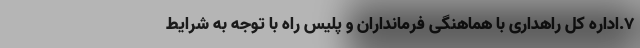
۷.اداره کل راهداری با هماهنگی فرمانداران و پلیس راه با توجه به شرایط